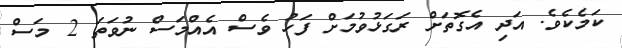
ކަމެކެވެ. އަދި އެގޮތަށް ރަގަޅުވުމަށް ފަހު ވެސް އެއްމަސް ނުވަތަ 2 މަސް